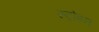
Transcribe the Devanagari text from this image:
स्ट्रोइन